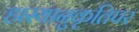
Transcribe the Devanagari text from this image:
हास्यानुकृतिपर